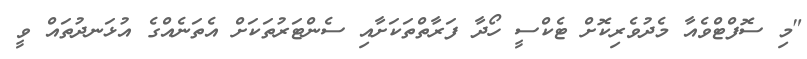
"މި ސޮފްޓްވެއާ މެދުވެރިކޮށް ޓެކްސީ ހޯދާ ފަރާތްތަކަށާއި ސެންޓަރުތަކަށް އެތަނެއްގެ އުޅަނދުތައް ވީ